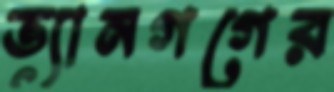
ভ্যানগগের